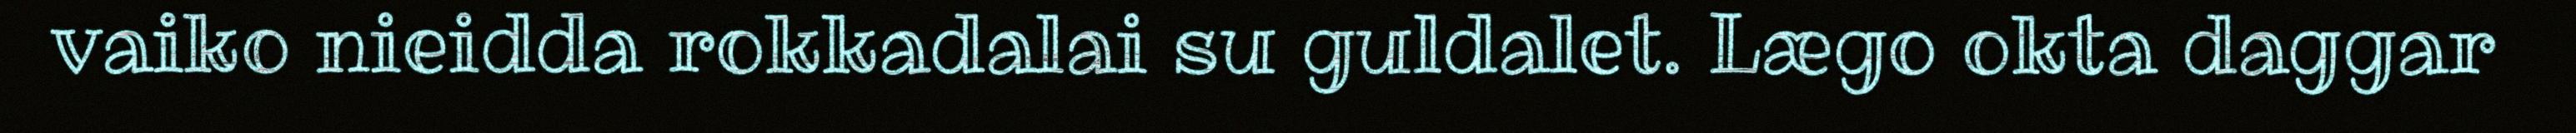
vaiko nieidda rokkadalai su guldalet. Lægo okta daggar